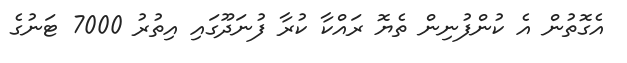
އެގޮތުން އެ ކުންފުނިން ތެޔޮ ރައްކާ ކުރާ ފުނަދޫގައި އިތުރު 7000 ޓަނުގެ